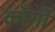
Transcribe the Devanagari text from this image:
काँर्गो